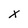
Character: x